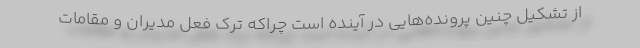
از تشکیل چنین پرونده‌هایی در آینده است چراکه ترک فعل مدیران و مقامات